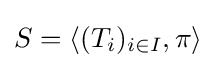
S=\langle (T_{i})_{i\in I},\pi \rangle